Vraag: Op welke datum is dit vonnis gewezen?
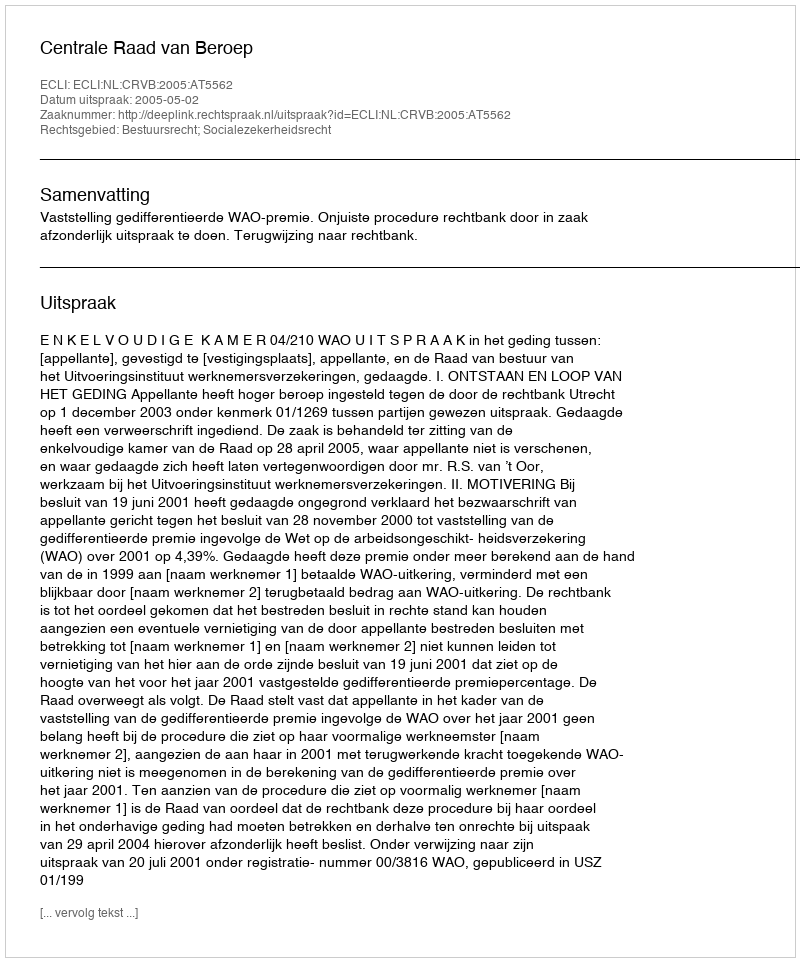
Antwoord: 2005-05-02